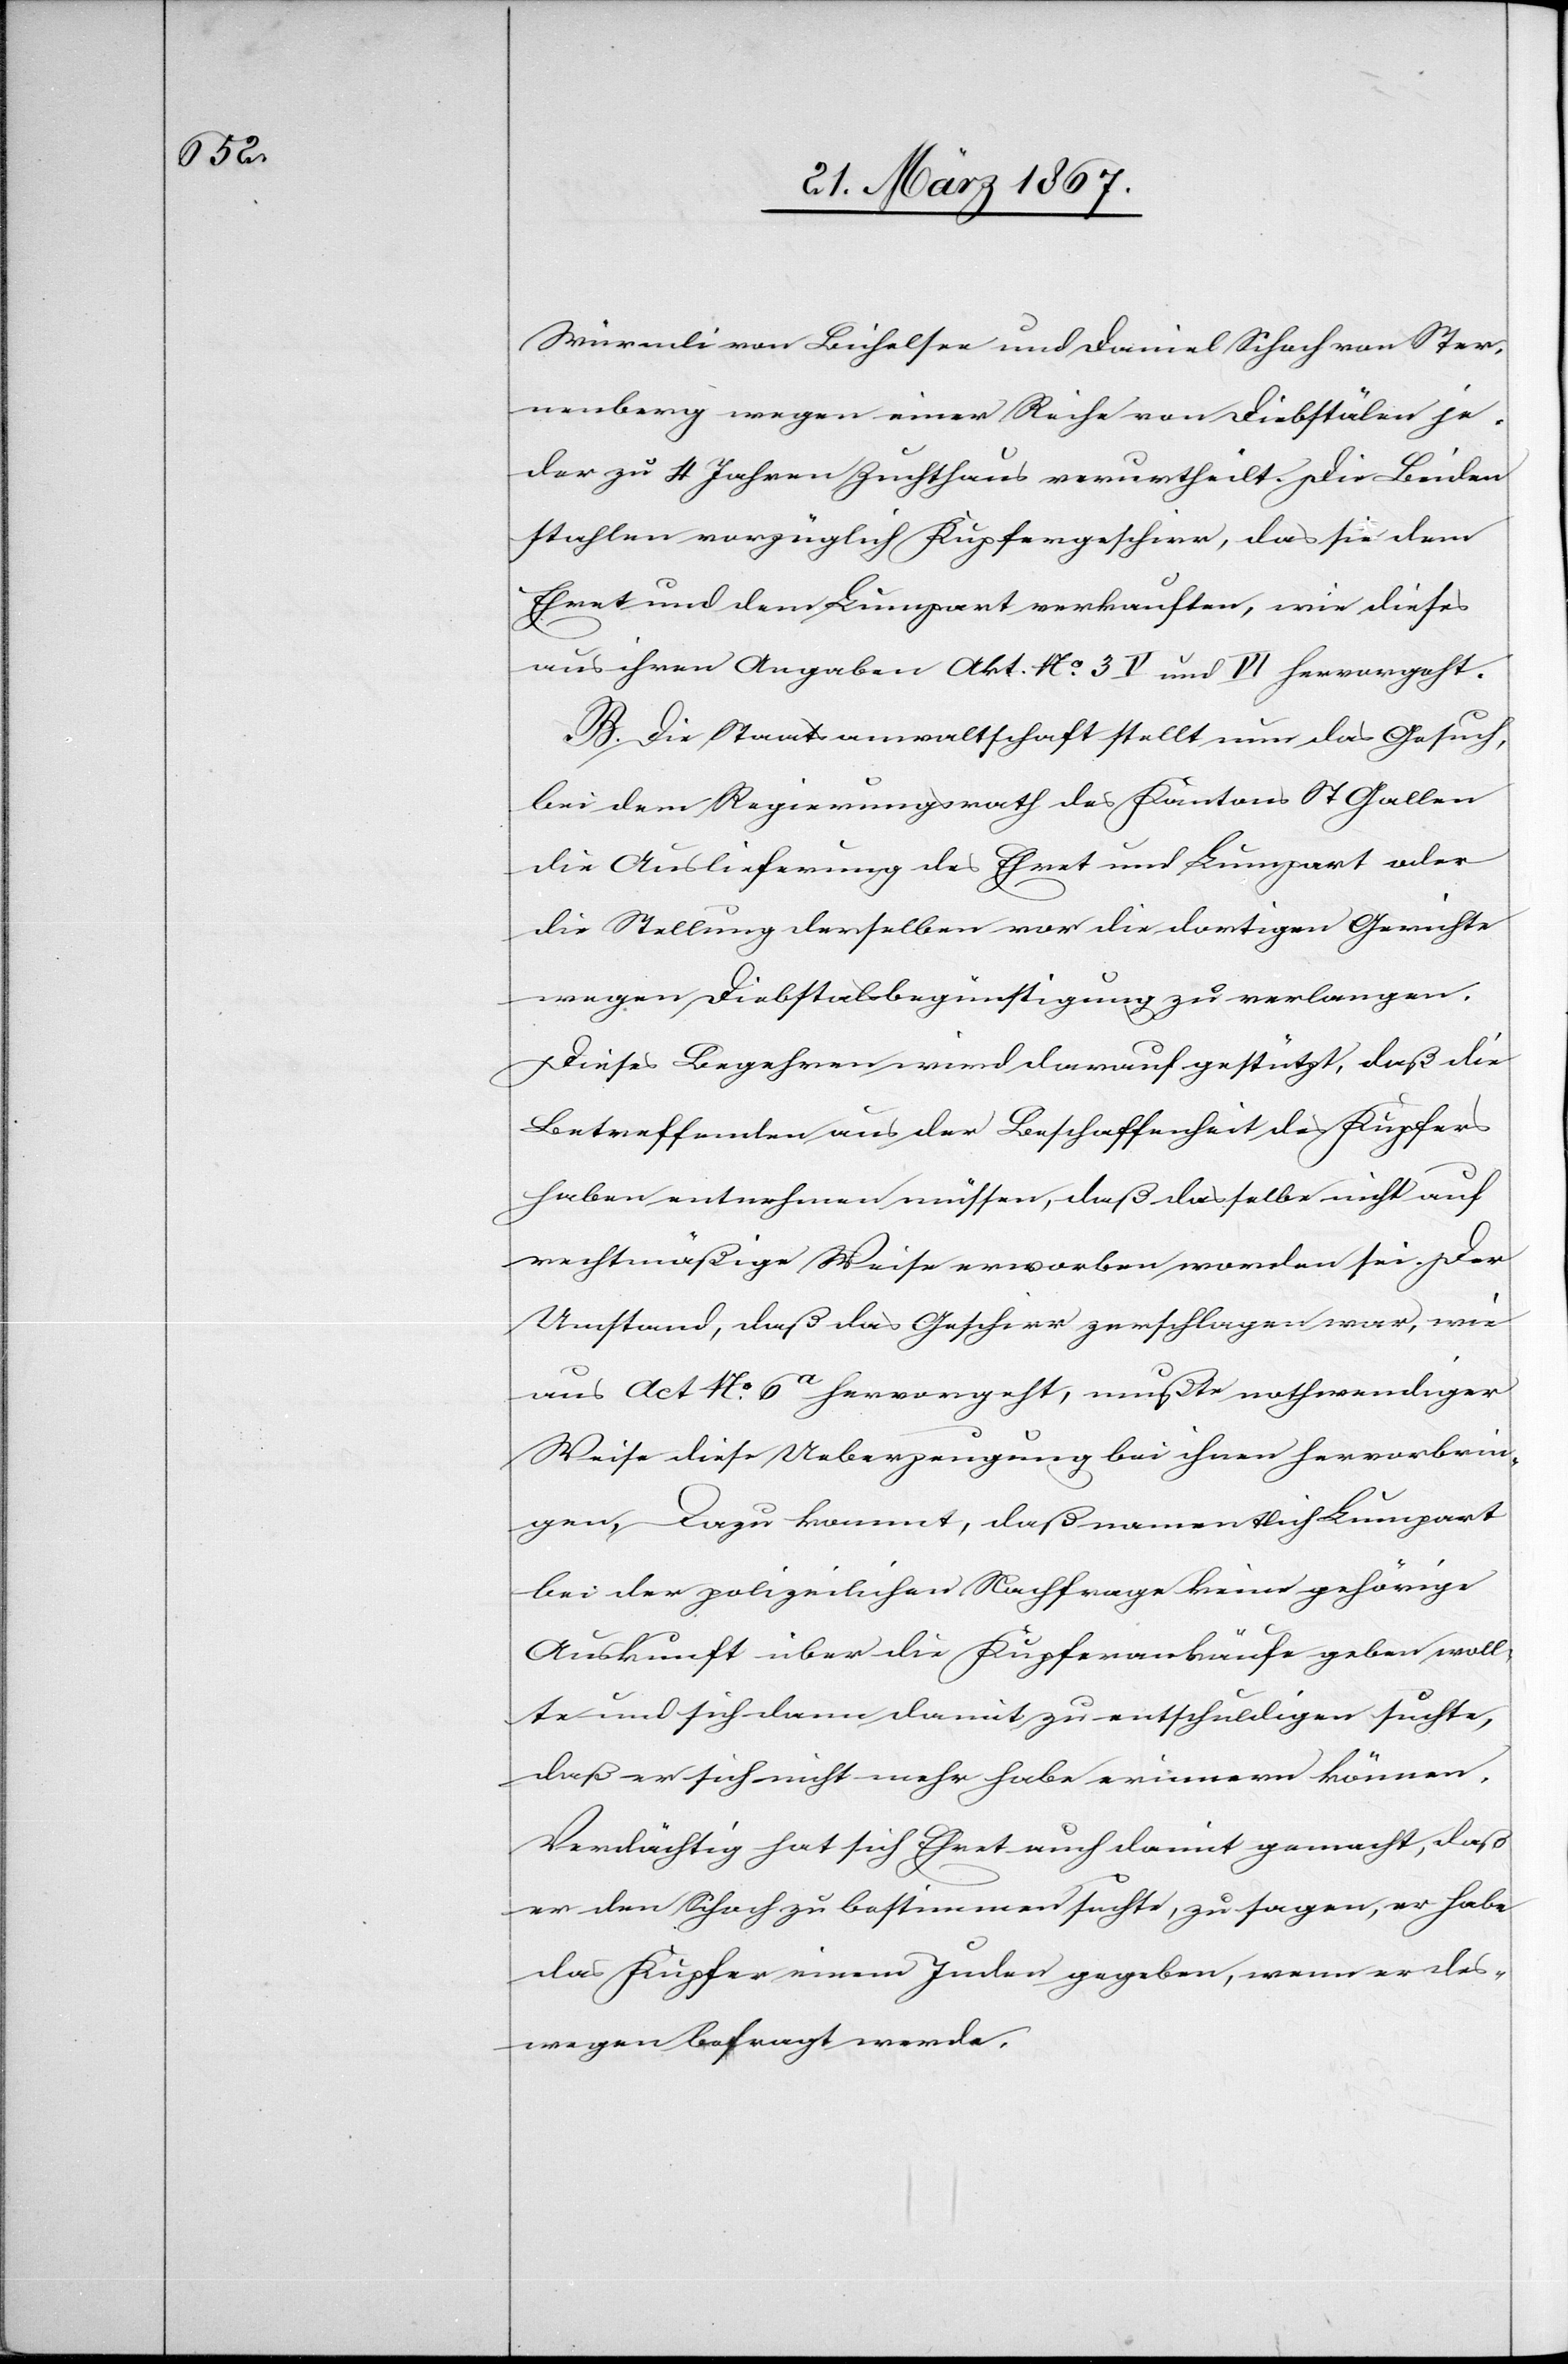
Würmli von Bichelsee und Daniel Schoch von Ster¬
nenberg wegen einer Reihe von Diebstälen je¬
der zu 4 Jahren Zuchthaus verurtheilt. Die Beiden
stahlen vorzüglich Kupfergeschirr, das sie dem
Ehret und dem Lumpart verkauften, wie dieses
aus ihren Angaben Akt. No. 3 V und VI hervorgeht.
B. Die Staatsanwaltschaft stellt nun das Gesuch,
bei dem Regierungsrath des Kantons St Gallen
die Auslieferung des Ehret und Lumpart oder
die Stellung derselben vor die dortigen Gerichte
wegen Diebstalsbegünstigung zu verlangen.
Dieses Begehren wird darauf gestützt, daß die
Betreffenden aus der Beschaffenheit des Kupfers
haben entnehmen müssen, daß dasselbe nicht auf
rechtmäßige Weise erworben worden sei. Der
Umstand, daß das Geschirr zerschlagen war, wie
aus Act No. 6a hervorgeht, mußte nothwendiger
Weise diese Ueberzeugung bei ihnen hervorbrin¬
gen. Dazu kommt, daß namentlich Lumpart
bei der polizeilichen Nachfrage keine gehörige
Auskunft über die Kupferankäufe geben woll¬
te und sich dann, damit zu entschuldigen suchte,
daß er sich nicht mehr habe erinnern können.
Verdächtig hat sich Ehret auch damit gemacht, daß
er den Schoch zu bestimmen suchte, zu sagen, er habe
das Kupfer einem Juden gegeben, wenn er des¬
wegen befragt werde.